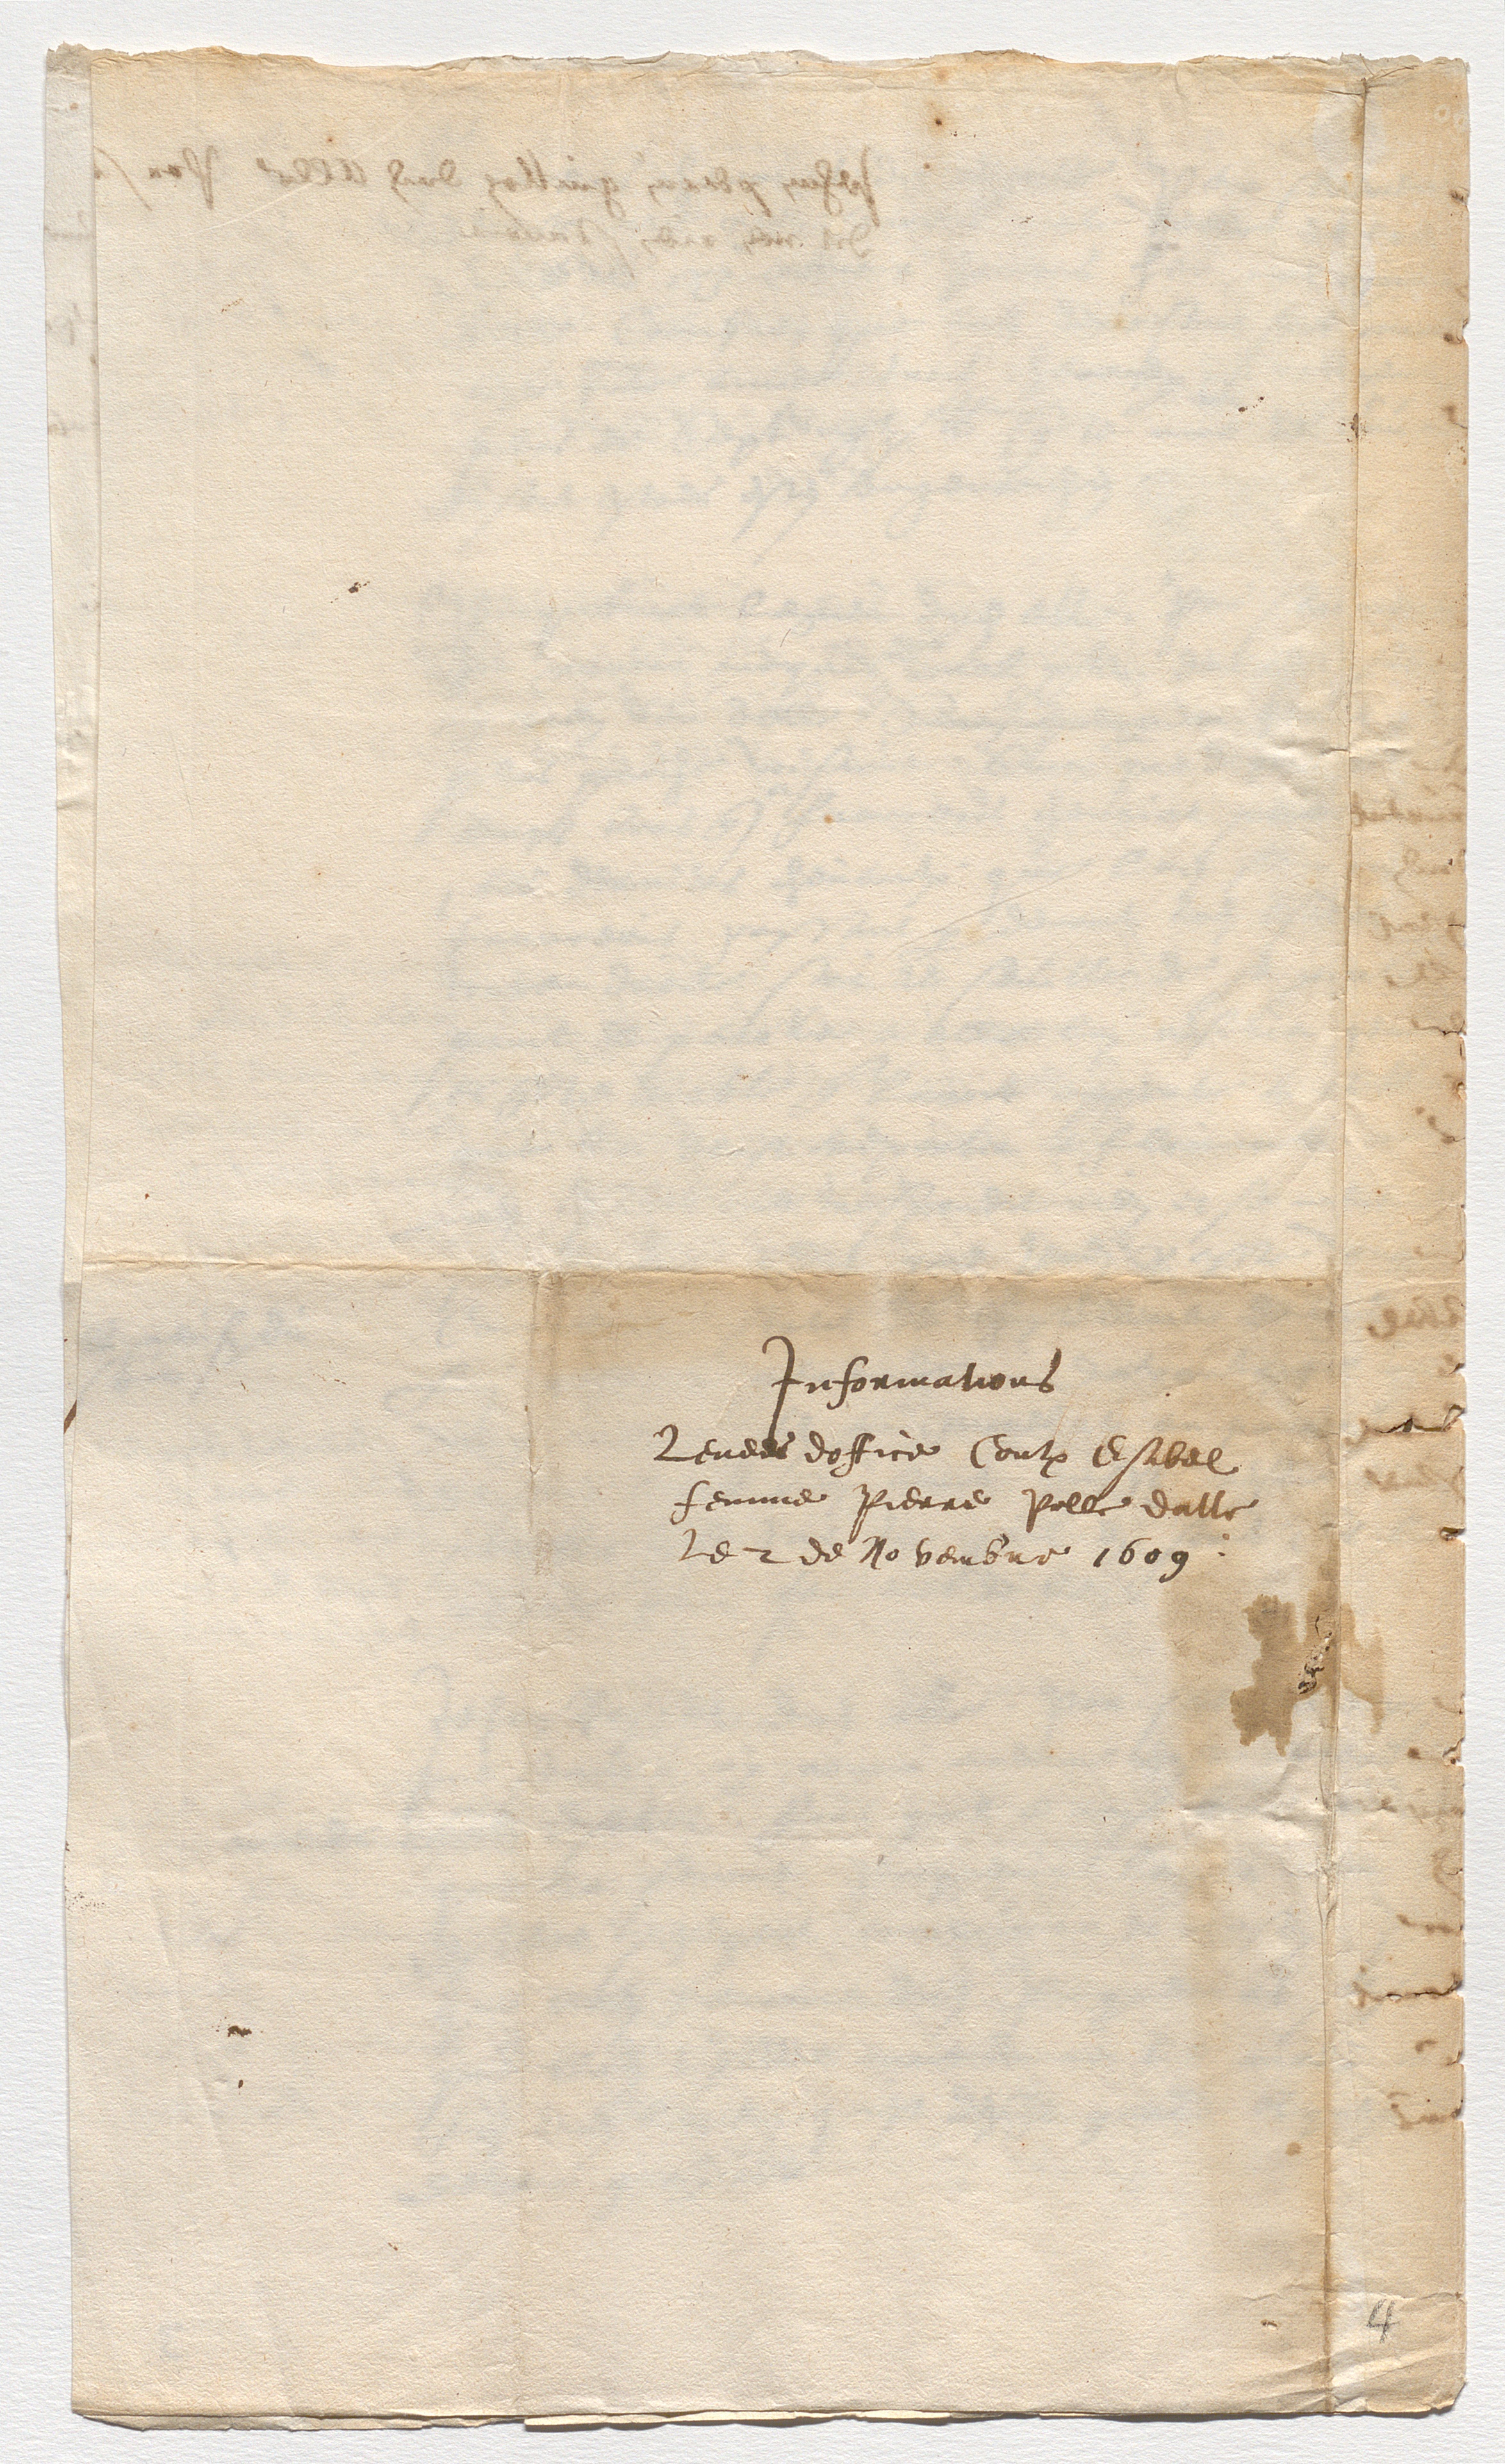
InformationsRevees doffice Contre Esibelfemme Pierre pelle dalleLe 2 de Novembre 1609

4